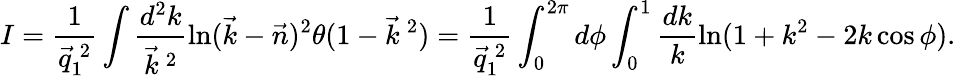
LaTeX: I=\frac{1}{\vec{q}_{1}^{\: 2}}\int\frac{d^{2}k}{\vec{k}^{\: 2}}\ln(\vec{k}-\vec{n})^{2}\theta(1-\vec{k}^{\: 2})=\frac{1}{\vec{q}_{1}^{\: 2}}\int_{0}^{2\pi}d\phi\int_{0}^{1}\frac{dk}{k}\ln(1+k^{2}-2k\cos\phi).